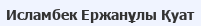
Исламбек Ержанұлы Қуат